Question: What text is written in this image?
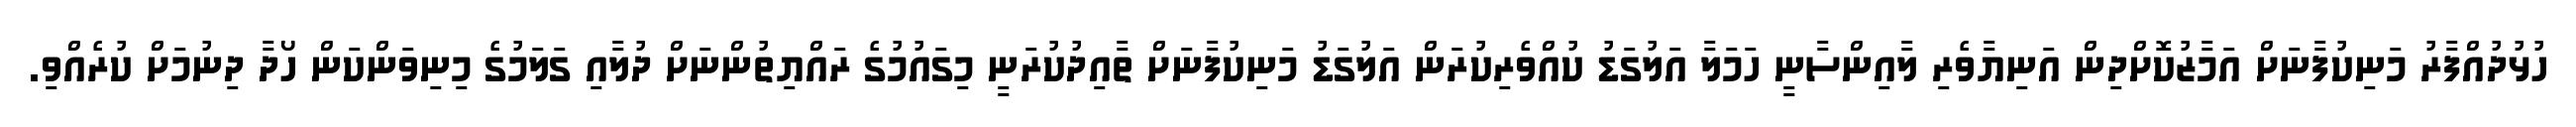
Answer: ހުޅުދުއްފާރު މަނިކުފާނަށް އަމާޒުކޮށްދިން އަނިޔާވެރި ލާއިންސާނީ ހަމަލާ އަލުގަޑު ކުއްވެރިކުރަން އަލުގަޑު މަނިކުފާނަށް ތާއިދުކުރަނީ މިގައުމުގެ ރައްޔިތުންނަށް ދުލާއި ގަލަމުގެ މިނިވަންކަން ހޯދާ ދިނުމަށް ކުރެއްވި.